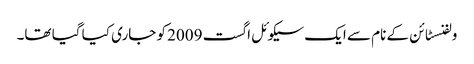
ولفنسٹائن کے نام سے ایک سیکوئل اگست 2009 کو جاری کیا گیا تھا۔